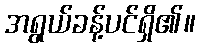
အရွယ်ခန့်ပင်ရှိ၏။